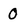
Character: 0